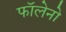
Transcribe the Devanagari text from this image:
फॉलेनो